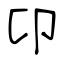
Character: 卬